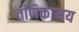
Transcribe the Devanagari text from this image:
तणिकामय